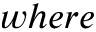
w h e r e